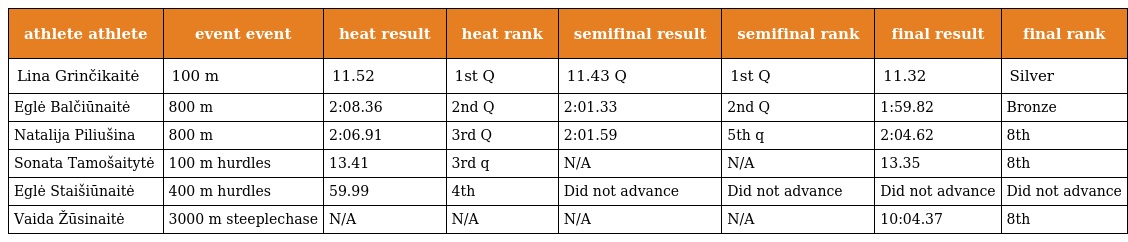
| athlete athlete | event event | heat result | heat rank | semifinal result | semifinal rank | final result | final rank |
 | --- | --- | --- | --- | --- | --- | --- | --- |
 | Lina Grinčikaitė | 100 m | 11.52 | 1st Q | 11.43 Q | 1st Q | 11.32 | Silver |
 | Eglė Balčiūnaitė | 800 m | 2:08.36 | 2nd Q | 2:01.33 | 2nd Q | 1:59.82 | Bronze |
 | Natalija Piliušina | 800 m | 2:06.91 | 3rd Q | 2:01.59 | 5th q | 2:04.62 | 8th |
 | Sonata Tamošaitytė | 100 m hurdles | 13.41 | 3rd q | N/A | N/A | 13.35 | 8th |
 | Eglė Staišiūnaitė | 400 m hurdles | 59.99 | 4th | Did not advance | Did not advance | Did not advance | Did not advance |
 | Vaida Žūsinaitė | 3000 m steeplechase | N/A | N/A | N/A | N/A | 10:04.37 | 8th |